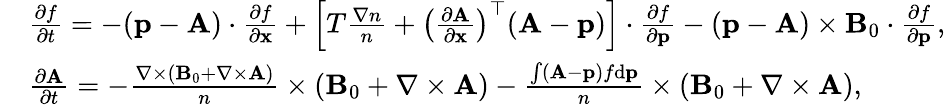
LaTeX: \begin{array}{rl}&{\frac{\partial f}{\partial t}=-({\mathbf p}-{\mathbf A})\cdot\frac{\partial f}{\partial{\mathbf x}}+\left[T\frac{\nabla n}{n}+\left(\frac{\partial{\mathbf A}}{\partial\mathbf x}\right)^{\top}({\mathbf A}-{\mathbf p})\right]\cdot\frac{\partial f}{\partial{\mathbf p}}-({\mathbf p}-{\mathbf A})\times{\mathbf B}_{0}\cdot\frac{\partial f}{\partial{\mathbf p}},}\\ &{\frac{\partial{\mathbf A}}{\partial t}=-\frac{\nabla\times\left({\mathbf B}_{0}+\nabla\times{\mathbf A}\right)}{n}\times\left({\mathbf B}_{0}+{\nabla\times{\mathbf A}}\right)-\frac{\int({\mathbf A}-{\mathbf p})f\mathrm{d}{\mathbf p}}{n}\times\left({{\mathbf B}_{0}+\nabla\times{\mathbf A}}\right),}\end{array}